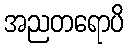
အညတရောပိ